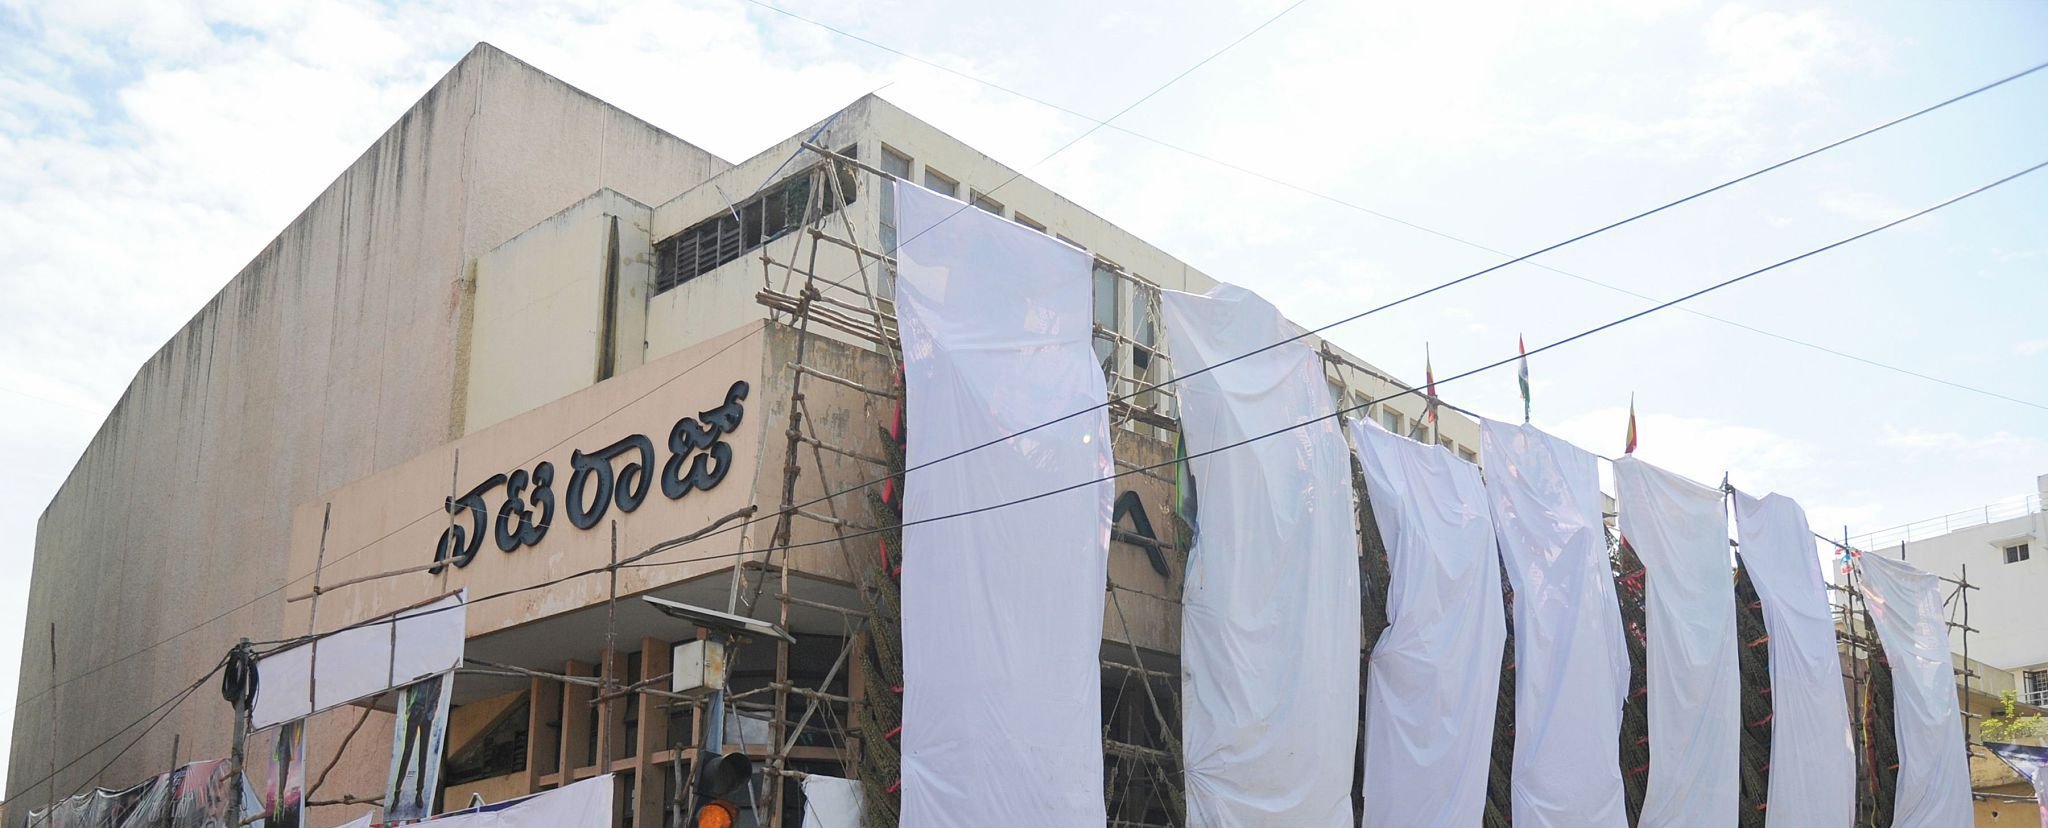
Language: kannada
Transcription: ನಟರಾಜ್